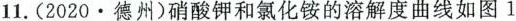
11.(2020.德州)硝酸钾和氯化铵的溶解度曲线如图1